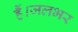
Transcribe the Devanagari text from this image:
हैं।जलभर